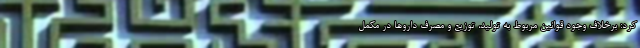
کرد: برخلاف وجود قوانین مربوط به تولید، توزیع و مصرف داروها در مکمل